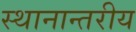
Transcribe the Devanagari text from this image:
स्थानान्तरीय